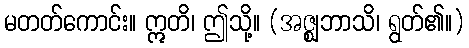
မတတ်ကောင်း။ ဣတိ၊ ဤသို့။ (အဇ္ဈဘာသိ၊ ရွတ်၏။)